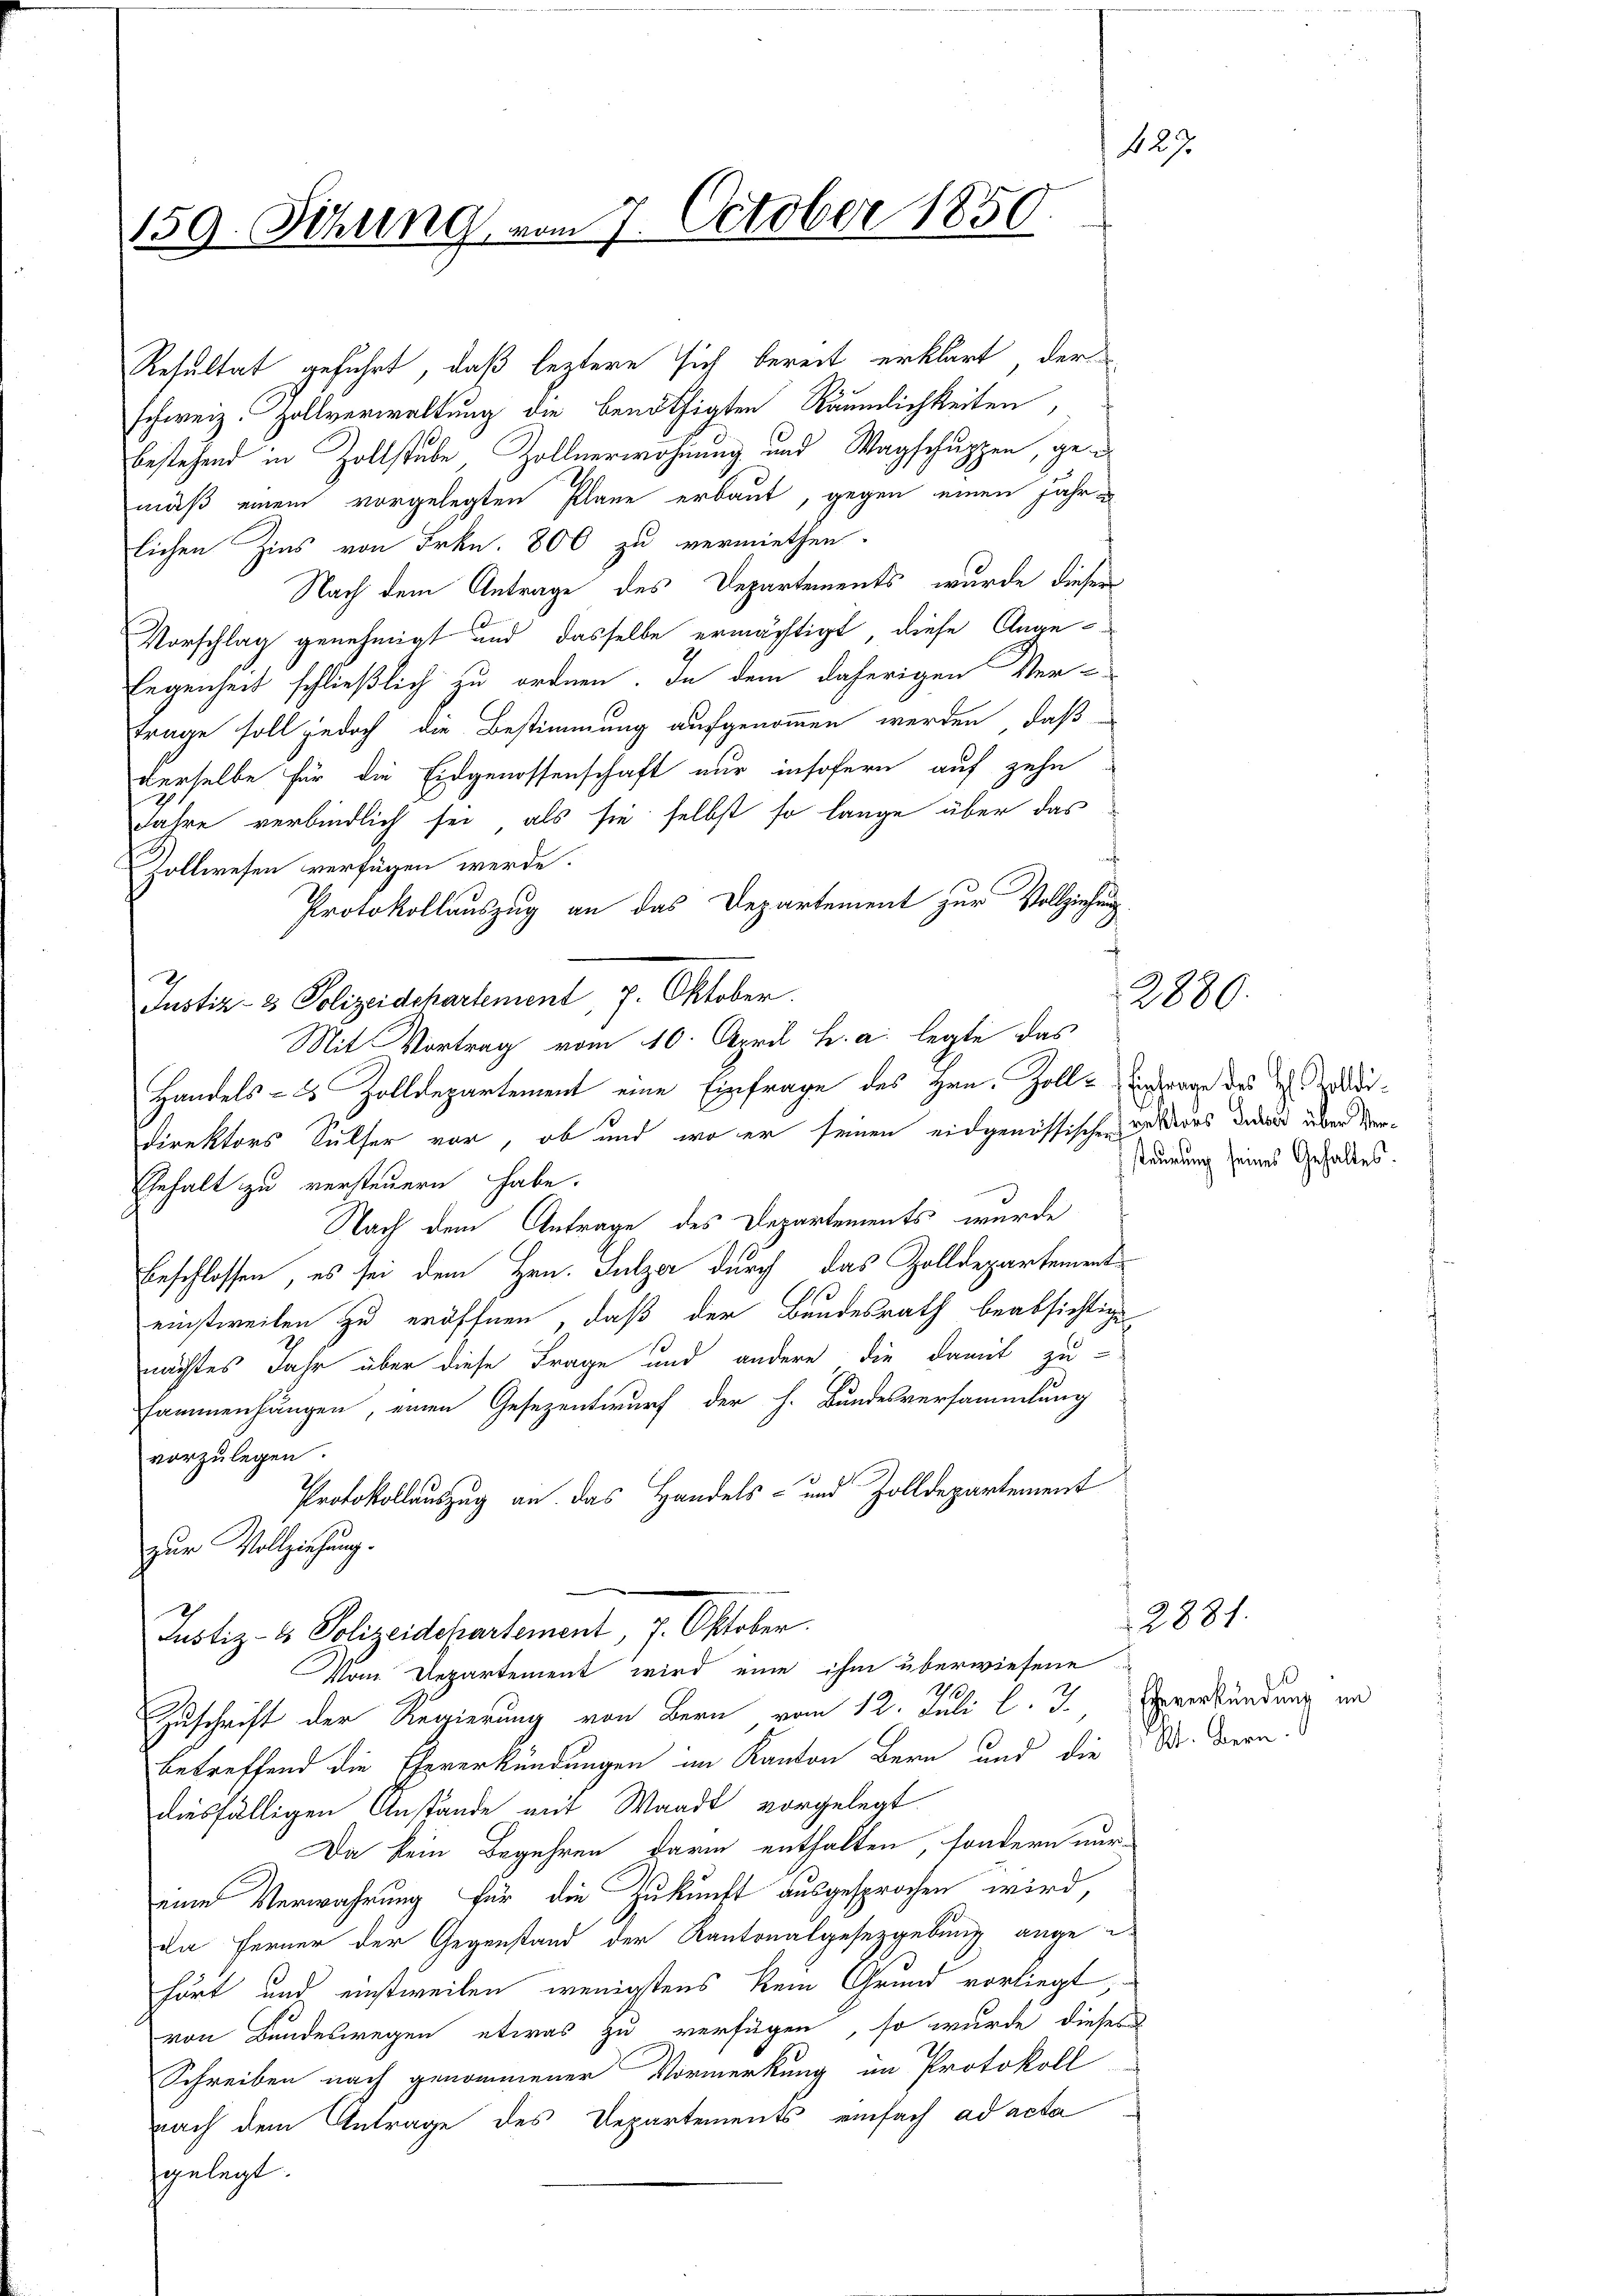
159. Sitzung vom 7. October 1850

Resultat geführt, daß leztere sich bereit erklärt, der
schweiz. Zollverwaltung die benöthigten Räumlichkeiten,
bestehend in Zollstube Zollverwohnung und Wagschuppen, gemäß einem vorgelegten Plane erbaut, gegen einen Jahr u
lichen Zins von Frkn. 800 zu vermiethen.
Nach dem Antrage des Departements, wurde diesen
Vorschlag genehmigt und dasselbe ermächtigt, diese Ange-
legenheit schließlich zu ordnen. In dem daherigen Ver-
trage soll jedoch die Bestimmung aufgenommen werden, daß
derselbe für die Eidgenossenschaft nur insofern auf zehn
Jahre verbindlich sei, als sie selbst so lange über das
¬
Zollwesen verfügen werde.
Protokollauszug an das Departement zur Vollziehung.
Justiz- & Polizeidchartement, 7. Oktober.
Mit Vortrag vom 10. April h. a. legte das
Direktors Sulser vor, ob und wo er seinen eidgenössischen ders der über der¬
Gehalt zu versteuern habe.
Nach dem Antrage des Departements wurde
beschlossen, es sei dem Hrn. Sulzer durch das Zolldepartement
einstweilen zu eröffnen, daß der Bundesrath beabsichtige
nächtes Jahr über diese Frage und andere die damit zu-
sammenhängen, einen Gesezentwurf der h. Bundesversammlung
vorzulegen.
2
Protokollauszug an. Das Handels- und Zolldepartement
zur Vollziehung.
Justiz- & Polizeidepartement, 7. Oktober.
Vom Departement wird eine ihm überwiesene
710.
Zuschrift der Regierung von Bern vom 12. Juli l. J. Everkündung im
betreffend die Eheverkündungen im Kanton Bern und die Dr. Bern.
diesfälligen Anstände mit Waadt vorgelegt
Da kein Begehren darin enthalten, sondern nur
eine Verwahrung für die Zukunft ausgesprochen wird,
da Ferner der Gegenstand der Kantonalgesetzgebung ange-
hört und einstweilen wenigstens kein Grund vorliegt,
von Bundeswegen etwas zu verfügen, so wurde dieses
Schreiben nach genommener Vormerkung im Protokoll
nach dem Antrage des Departements einfach ad acta
gelegt.

Handels- & Zolldepartement eine Einfrage des Hrn. Zoll- Antrage des Ei¬

429

2880.

steurung seines Gehaltes.

12881.